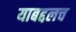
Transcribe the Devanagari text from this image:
याबद्दलच